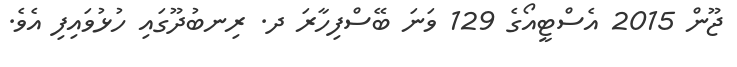
ޖޫން 2015 އެސްޓީއޯގެ 129 ވަނަ ބޭސްފިހާރަ ދ. ރިނބުދޫގައި ހުޅުވައިފި އެވެ.